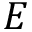
E